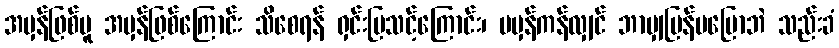
အမှန်ဖြစ်မူ အမှန်ဖြစ်ကြောင်း သိစေရန် ရှင်းပြသင့်ကြောင်း၊ မမှန်ကန်လျှင် ဘာမျှပြန်မပြောဘဲ သည်းခံ